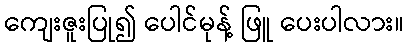
ကျေးဇူးပြု၍ ပေါင်မုန့် ဖြူ ပေးပါလား။